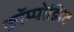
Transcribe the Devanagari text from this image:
कॉम्पोझिट